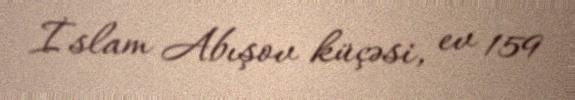
İslam Abışov küçəsi, ev 159